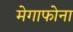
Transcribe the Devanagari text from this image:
मेगाफोना